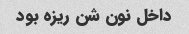
داخل نون شن ریزه بود